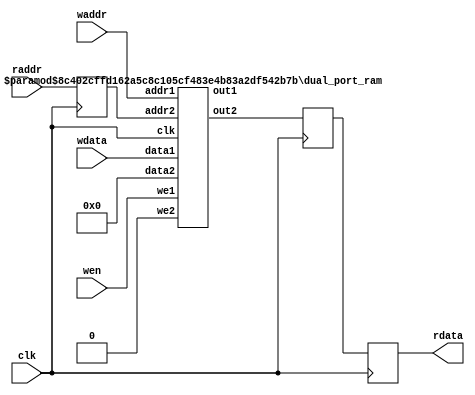
`define SIMULATION_MEMORY

module buffer_16_24200_buffer_init_13 (
	input clk,
	input wen,
	input [14:0] waddr,
	input [15:0] wdata,
	input [14:0] raddr,
	output [15:0] rdata
);

reg [14:0] raddr_reg;
reg [15:0] rdata_reg;
reg [15:0] pipeline_reg_0;
wire [15:0] rd_dummy_signal;
wire [15:0] wr_dummy_signal;
wire [15:0] rdata_wire;
assign rd_dummy_signal = 0;

always @(posedge clk) begin
	rdata_reg <= rdata_wire;
	raddr_reg <= raddr;
	pipeline_reg_0 <= rdata_reg;
end

`ifdef SIMULATION_MEMORY
defparam u_dual_port_ram.DATA_WIDTH = 16;
defparam u_dual_port_ram.ADDR_WIDTH = 15;
`endif
dual_port_ram u_dual_port_ram(
	.addr1(waddr),
	.we1(wen),
	.data1(wdata),
	.out1(wr_dummy_signal),
	.addr2(raddr_reg),
	.we2(1'b0),
	.data2(rd_dummy_signal),
	.out2(rdata_wire),
	.clk(clk)
);
assign rdata = pipeline_reg_0;

endmodule

module dual_port_ram(
clk,
addr1,
addr2,
data1,
data2,
we1,
we2,
out1,
out2
);

parameter DATA_WIDTH = 256;
parameter ADDR_WIDTH = 10;
input clk;
input [ADDR_WIDTH-1:0] addr1;
input [ADDR_WIDTH-1:0] addr2;
input [DATA_WIDTH-1:0] data1;
input [DATA_WIDTH-1:0] data2;
input we1;
input we2;
output reg [DATA_WIDTH-1:0] out1;
output reg [DATA_WIDTH-1:0] out2;

reg [DATA_WIDTH-1:0] ram[ADDR_WIDTH-1:0];

always @(posedge clk) begin
  if (we1) begin
    ram[addr1] <= data1;
  end
  else begin
    out1 <= ram[addr1];
  end
end

always @(posedge clk) begin
  if (we2) begin
    ram [addr2] <= data2;
  end
  else begin
    out2 <= ram[addr2];
  end
end

endmodule